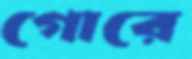
গোরে